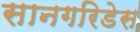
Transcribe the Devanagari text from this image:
सानगरिडेस